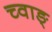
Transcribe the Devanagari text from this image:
च्वाङ्‌